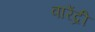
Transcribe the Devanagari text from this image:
वारेंद्री